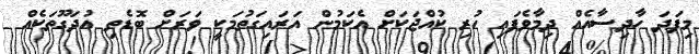
މިފަދަ ހާދިސާއެއް ދިމާވެފައި ހުރި ކުއްޖަކަށް އެކަމުން އަރައިގަތުމަކީ ވަރަށް ބޮޑެތި އުދަގޫތަކެއް